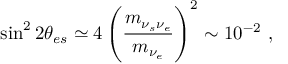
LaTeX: \sin ^ { 2 } 2 \theta _ { e s } \simeq 4 \left( \frac { m _ { \nu _ { s } \nu _ { e } } } { m _ { \nu _ { e } } } \right) ^ { 2 } \sim 1 0 ^ { - 2 } ~ ,